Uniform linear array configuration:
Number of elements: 12
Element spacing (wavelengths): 0.25
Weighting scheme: hamming
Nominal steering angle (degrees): -45
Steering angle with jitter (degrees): -46.677
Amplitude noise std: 0.05
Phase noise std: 0.05

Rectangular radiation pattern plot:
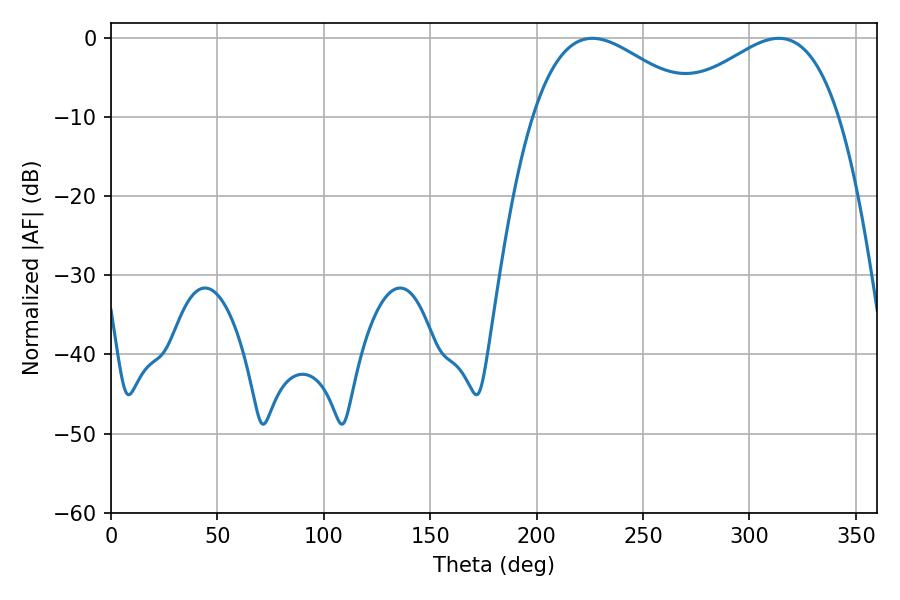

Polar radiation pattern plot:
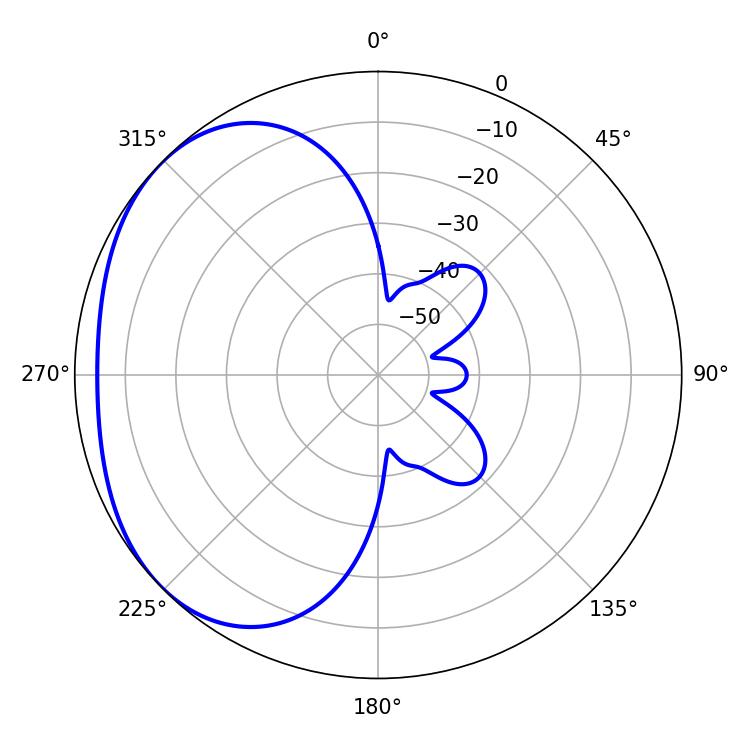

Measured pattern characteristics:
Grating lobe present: FALSE
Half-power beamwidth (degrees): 42.48
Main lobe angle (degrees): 226.26